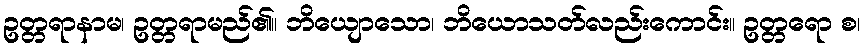
ဥတ္တရာနာမ၊ ဥတ္တရာမည်၏။ ဘိယျောသော၊ ဘိယောသတ်လည်းကောင်း။ ဥတ္တရော စ၊